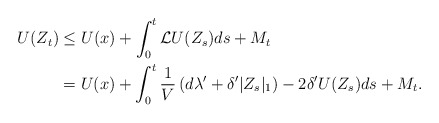
\begin{align*} U(Z_t) &\le U(x) + \int_0^t {\cal L}U(Z_s)ds + M_t\\ &= U(x) + \int_0^t \frac{1}{V} \left(d\lambda' +\delta'|Z_s|_1\right) - 2\delta' U(Z_s)ds +M_t. \end{align*}